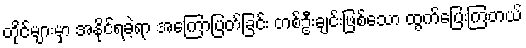
တိုင်များမှာ အနိုင်ရခဲ့ရာ အကြောပြတ်ခြင်း တစ်ဦးချင်းဖြစ်သော ထွက်ပြေးကြတယ်